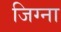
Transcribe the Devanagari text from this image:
जिग्ना